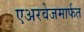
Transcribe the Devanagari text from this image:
एअरवेजमार्फत